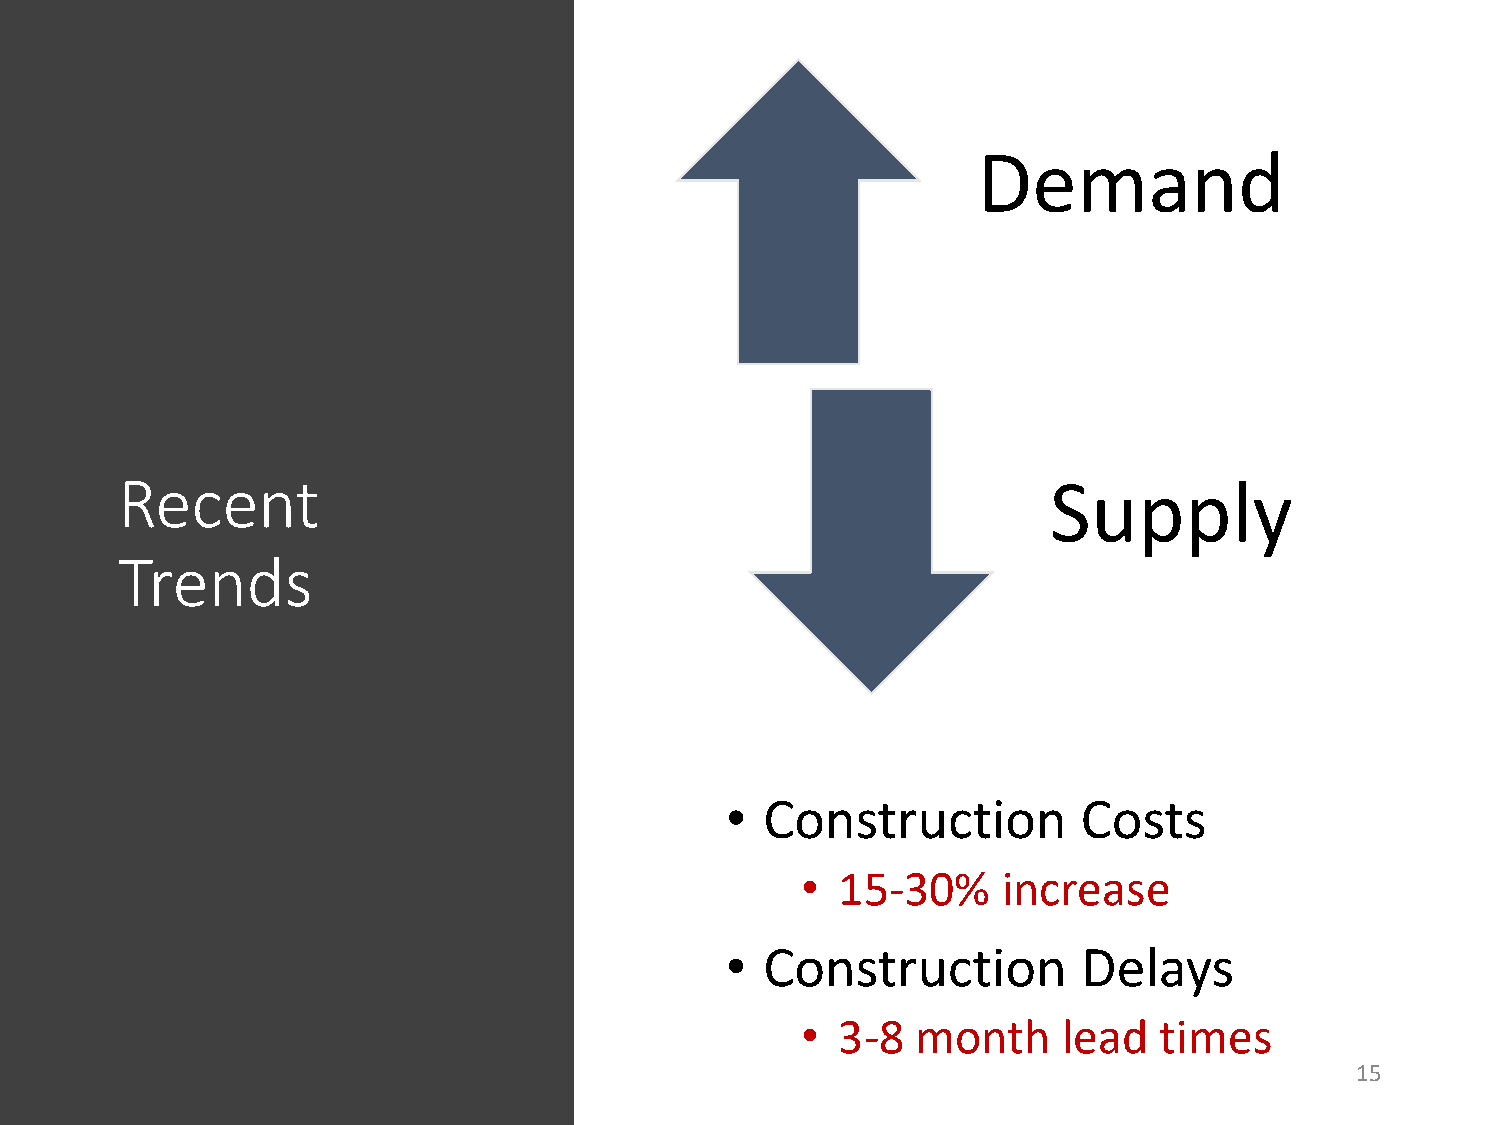
Demand
 Recent                                                        Supply
 Trends
 •  Construction         Costs
 •  15-30%    increase
 •  Construction         Delays
 •  3-8  month    lead   times
 15